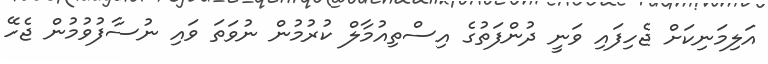
އަލިމަނިކަށް ޖެހިފައި ވަނީ ދުންފަތުގެ އިސްތިއުމާލް ކުރުމުން ނުވަތަ ވައި ނުސާފުވުމުން ޖެހޭ